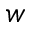
w